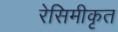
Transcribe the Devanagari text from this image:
रेसिमीकृत